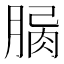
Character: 𦝾